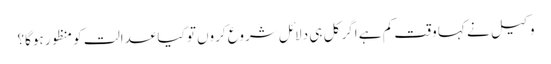
وکیل نے کہا وقت کم ہے اگر کل ہی دلائل شروع کروں تو کیا عدالت کو منظور ہوگا؟